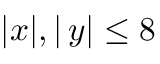
| x | , | \, y | \leq 8